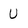
Character: U